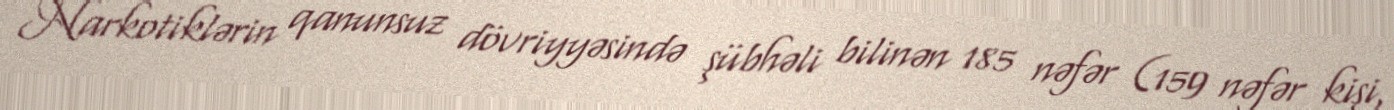
Narkotiklərin qanunsuz dövriyyəsində şübhəli bilinən 185 nəfər (159 nəfər kişi,